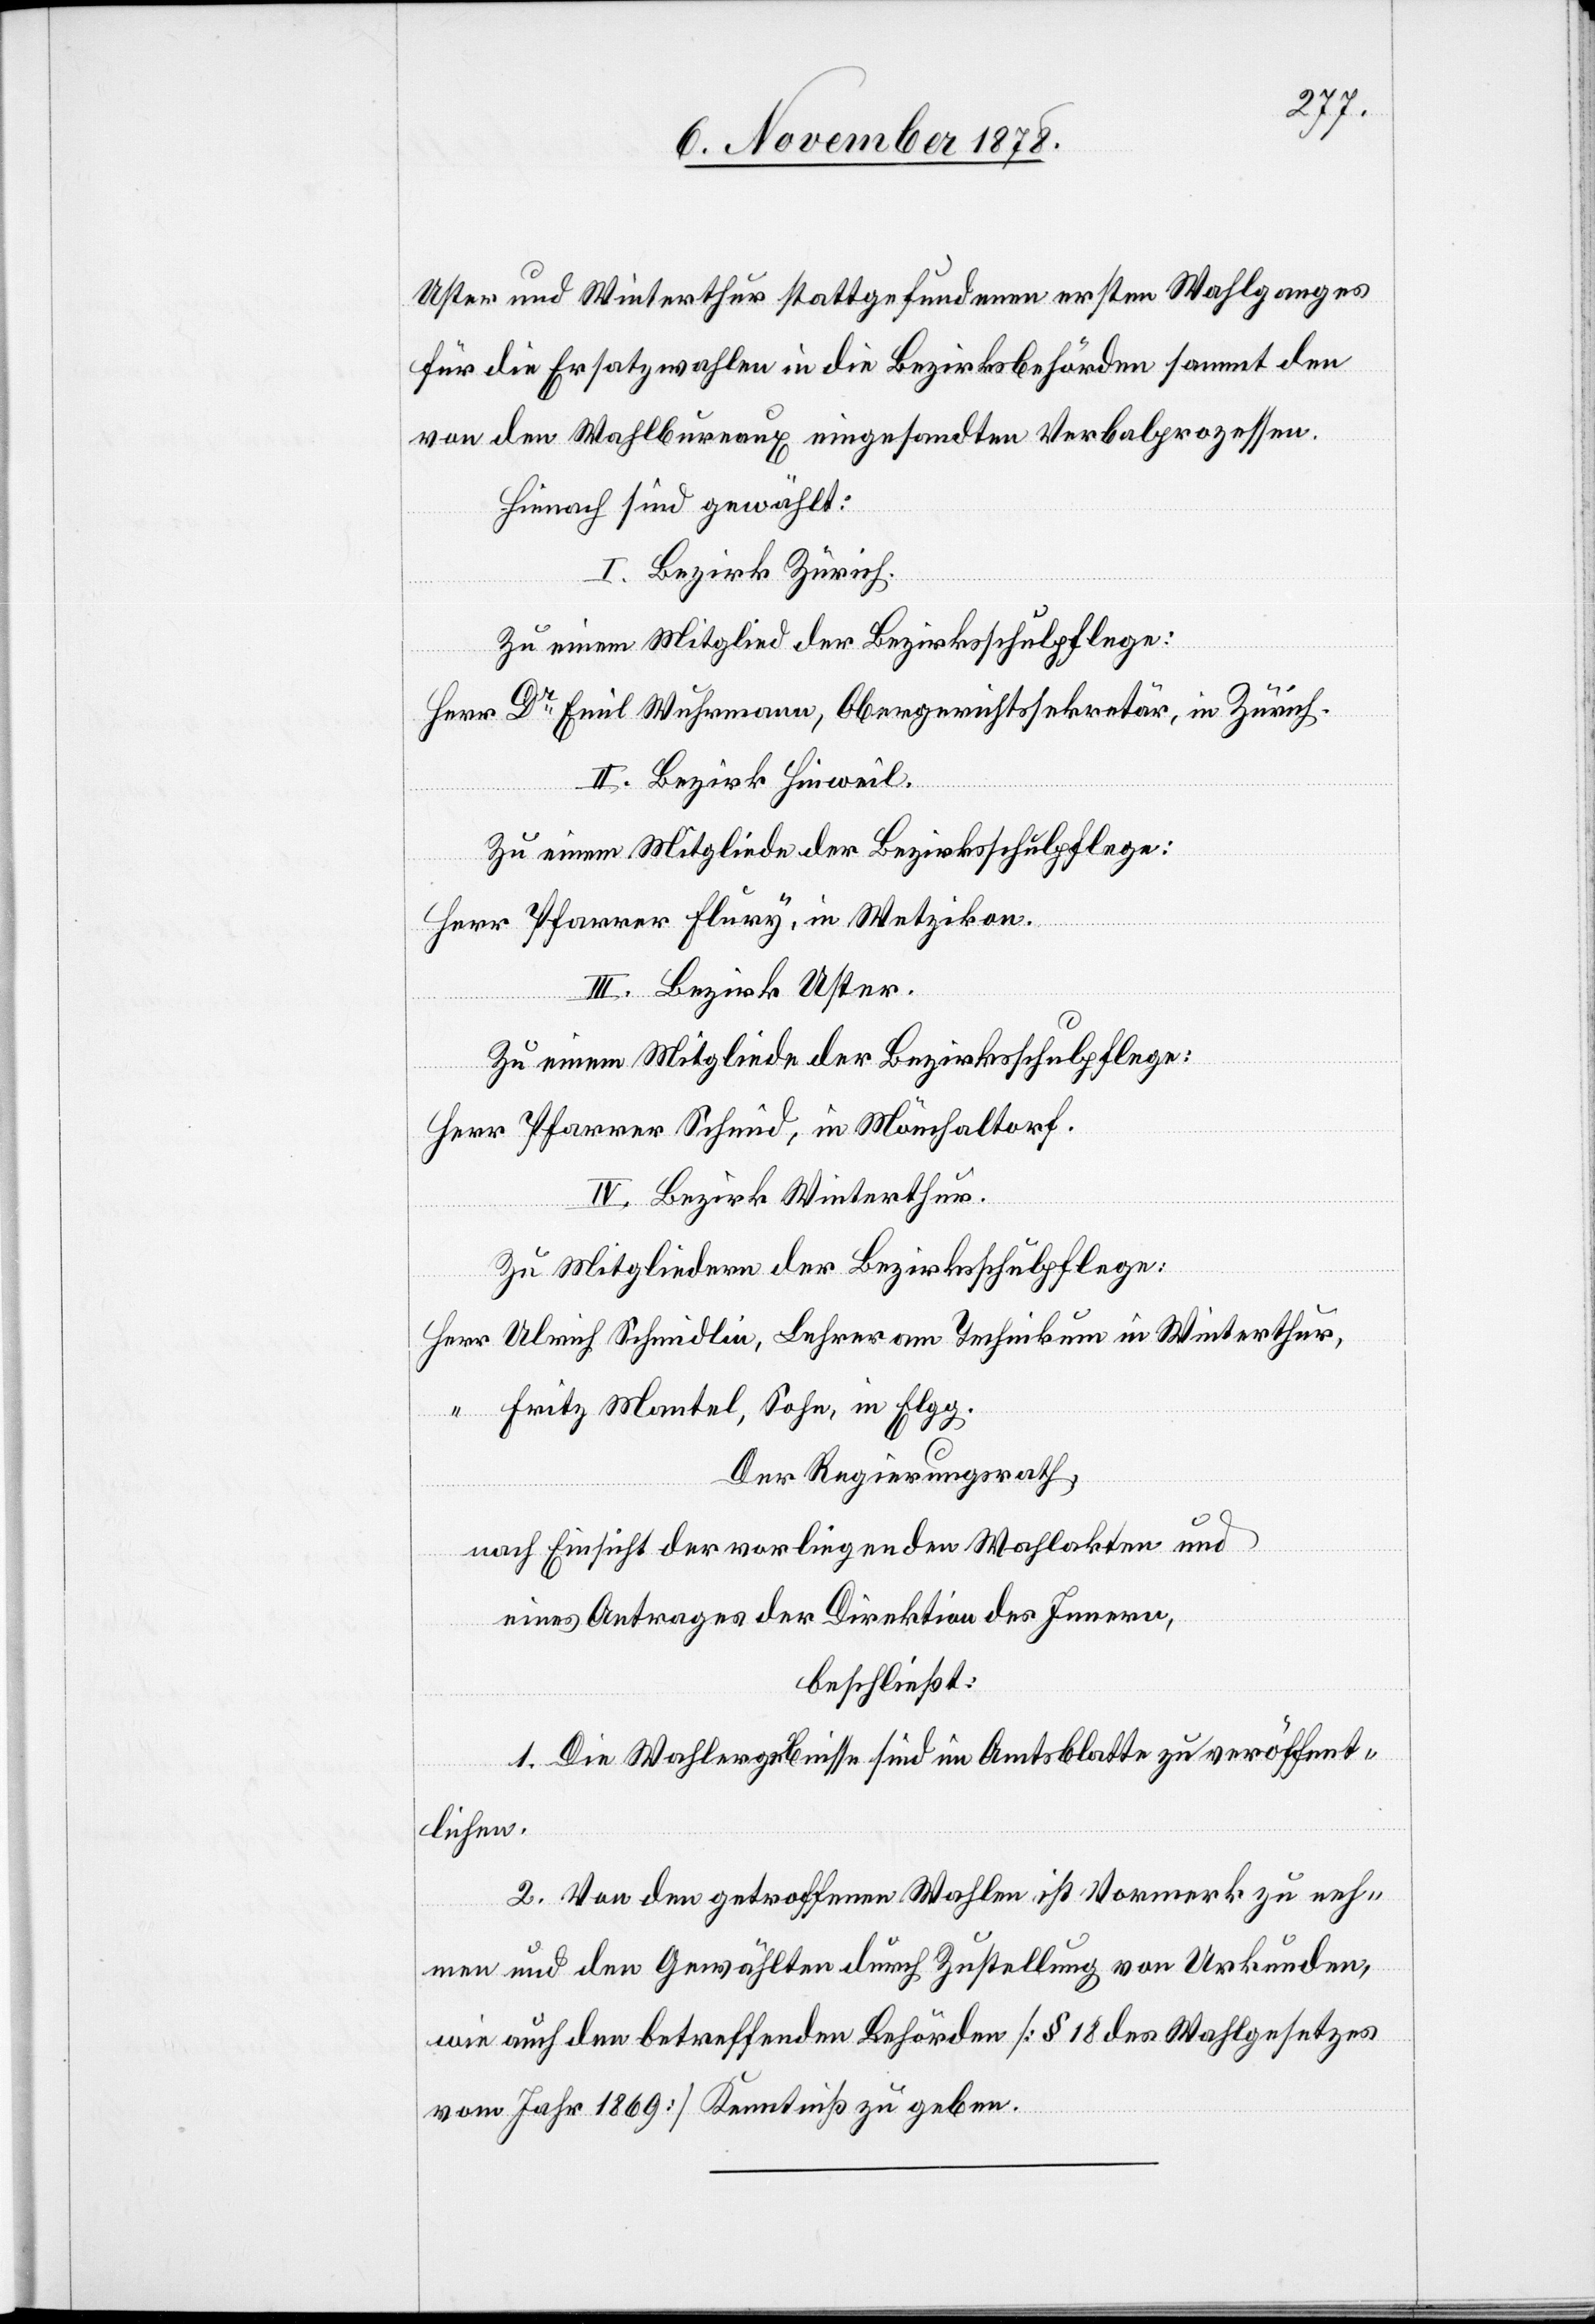
Uster und Winterthur stattgefundenen ersten Wahlganges
für die Ersatzwahlen in die Bezirksbehörden sammt den
von den Wahlbureaux eingesandten Verbalprozessen.
Hierauf sind gewählt:
I. Bezirk Zürich.
Zu einem Mitglied der Bezirksschulpflege:
Herr Dr Emil Wuhrmann, Obergerichtssekretär, in Zürich.
II. Bezirk Hinweil.
Zu einem Mitgliede der Bezirksschulpflege:
Herr Pfarrer Flury, in Wetzikon.
III. Bezirk Uster.
Zu einem Mitgliede der Bezirksschulpflege:
Herr Pfarrer Schmid, In Mönchaltorf.
IV. Bezirk Winterthur.
Zu Mitgliedern der Bezirksschulpflege:
Herr Ulrich Schmidlin, Lehrer am Technikum in Winterthur,
“ Fritz Mantel, Sohn, in Elgg.
Der Regierungsrath,
nach Einsicht der vorliegenden Wahlakten und
eines Antrages der Direktion des Innern,
beschließt:
1. Die Wahlergebnisse sind im Amtsblatte zu veröffent¬
lichen.
2. Von den getroffenen Wahlen ist Vormerk zu neh¬
men und den Gewählten durch Zustellung von Urkunden,
wie auch den betreffenden Behörden [§ 18 des Wahlgesetzes
vom Jahr 1869] Kenntniß zu geben.